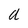
Character: a